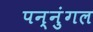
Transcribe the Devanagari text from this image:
पन्नुंगल